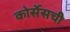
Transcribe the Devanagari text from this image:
कोर्सेसची